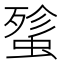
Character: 𰳋